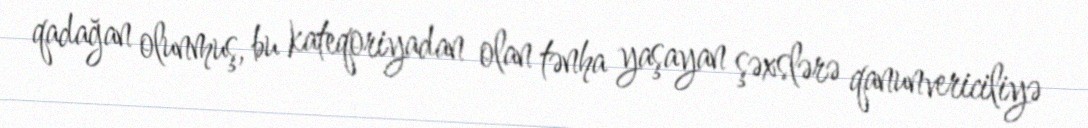
qadağan olunmuş, bu kateqoriyadan olan tənha yaşayan şəxslərə qanunvericiliyə